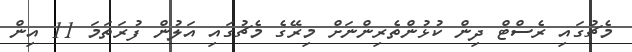
މެޗުގައި ރެސްޓް ދިން ކުޅުންތެރިންނަށް މިރޭގެ މެޗުގައި އަލުން ފުރަތަމަ 11 އިން